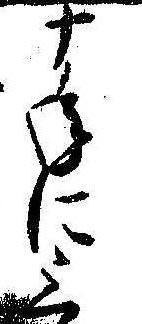
十年に三